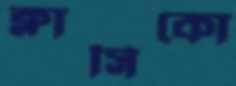
ক্লাসিকো